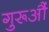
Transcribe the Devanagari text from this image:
गुरूऔं